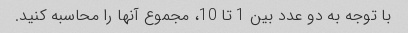
با توجه به دو عدد بین 1 تا 10، مجموع آنها را محاسبه کنید.